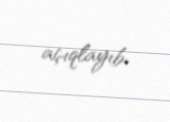
açıqlayıb.